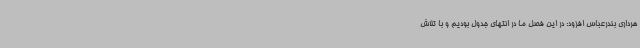
هرداری بندرعباس افزود: در این فصل ما در انتهای جدول بودیم و با تلاش